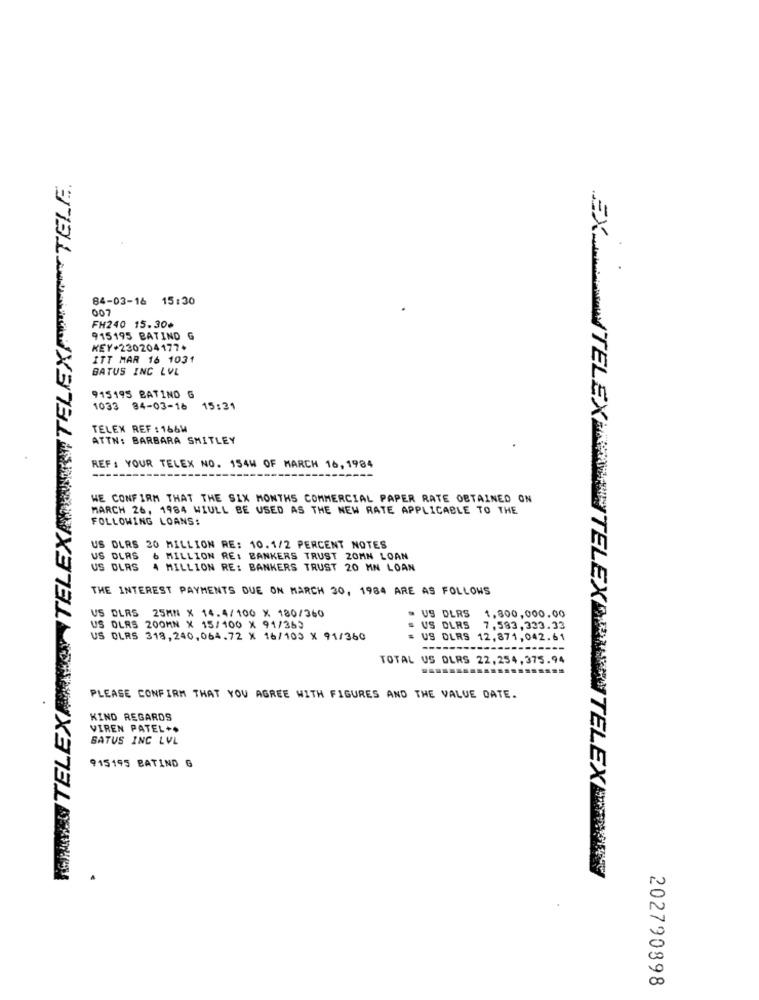
KANNSTELEXPRESS TELEXPORTTELEXP TELE.
84-03-16 15:30
007
FH240 15.30+
915195 BATIND G
KEY+230204177+
ITT MAR 16 1031
BATUS INC LVL
915195 BATIND 6
1033 84-03-16
15:31
TELEX REF : 166W
ATTN: BARBARA SMITLEY
REF: YOUR TELEX NO. 154W OF MARCH 16, 1984
WE CONFIRM THAT THE SIX MONTHS COMMERCIAL PAPER RATE OBTAINED ON
MARCH 26, 1984 WIULL BE USED AS THE NEW RATE APPLICABLE TO THE
FOLLOWING LOANS:
US DLRS 20 MILLION RE: 10.1/2 PERCENT NOTES
US DLRS & MILLION RE: BANKERS TRUST 20MN LOAN
US DLRS 4 MILLION RE: BANKERS TRUST 20 MN LOAN
THE INTEREST PAYMENTS DUE ON MARCH 30, 1984 ARE AS FOLLOWS
· US DLRS
1.800,000.00
US DLRS 25MN X 14.4/100 X 180/360
US OLRS 200MN X 15/100 X 91/363
= US DLRS 7,583,333.33
US OLRS 318,240,064.72 X 16/103 X 91/360
= US DLRS 12,871,042.61
-----
TOTAL US DLRS 22,254,375.94
PLEASE CONFIRM THAT YOU AGREE WITH FIGURES AND THE VALUE DATE.
KIND REGARDS
VIREN PATEL ..
BATUS INC LVL
915195 BATIND G
EXISTELEXIKON TELEXERMENTELEX
202790898